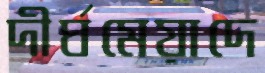
দীর্ঘমেয়াদে